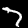
Label: 7